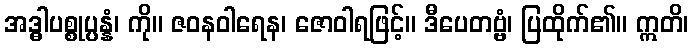
အဒ္ဓါပစ္စုပ္ပန္နံ၊ ကို။ ဇဝနဝါရေန၊ ဇောဝါရဖြင့်။ ဒီပေတဗ္ဗံ၊ ပြထိုက်၏။ ဣတိ၊